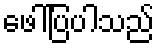
ဖေါ်ပြပါသည်